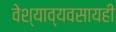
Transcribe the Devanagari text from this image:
वेश्याव्यवसायही